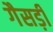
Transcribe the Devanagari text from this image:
गैसड़ी